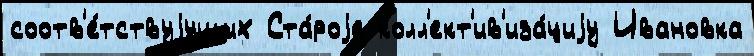
соотв'е́тствуjущих Ста́роjе колл'ект'ив'иза́циjу Ивановка